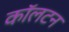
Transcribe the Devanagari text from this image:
काॅलटन